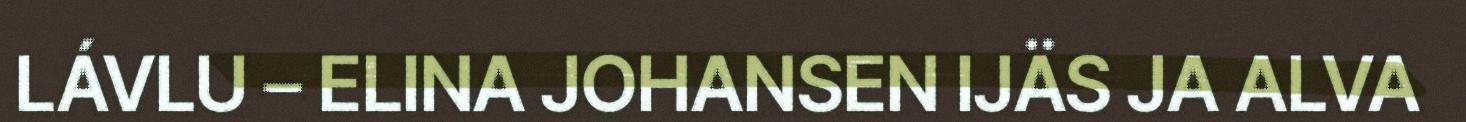
LÁVLU – ELINA JOHANSEN IJÄS JA ALVA